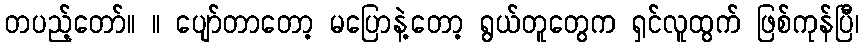
တပည့်တော်။ ။ ပျော်တာတော့ မပြောနဲ့တော့ ရွယ်တူတွေက ရှင်လူထွက် ဖြစ်ကုန်ပြီ၊